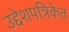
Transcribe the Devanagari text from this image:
उद्देशपत्रिकेत